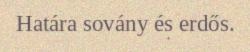
Határa sovány és erdős.